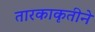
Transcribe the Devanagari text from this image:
तारकाकृतीने